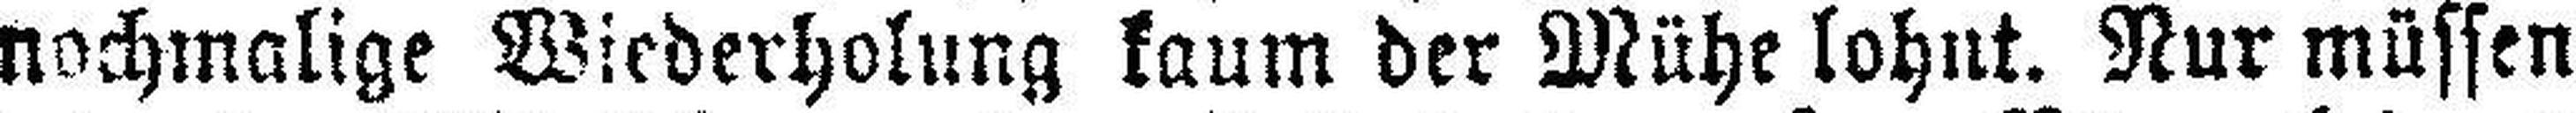
nochmalige Wiederholung kaum der Mühe lohnt. Nur müssen